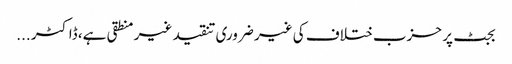
بجٹ پر حزب ختلاف کی غیر ضروری تنقید غیر منطقی ہے، ڈاکٹر ...